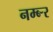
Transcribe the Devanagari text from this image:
नम्ब्र्‍र